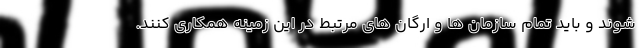
شوند و باید تمام سازمان ها و ارگان های مرتبط در این زمینه همکاری کنند.